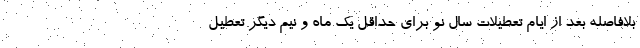
بلافاصله بعد از ایام تعطیلات سال نو برای حداقل یک ماه و نیم دیگر تعطیل